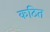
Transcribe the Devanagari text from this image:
कठित